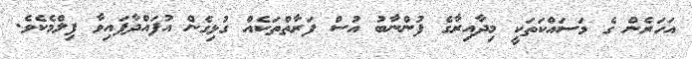
އަހަރެން ގެ މަސައްކަތަކީ މިދާއިރާގެ ފުންނާބު އުސް ފަރާތްތަކެއް ގުޅިގެން އުފައްދާފައިވާ ފިލްމެކެވެ.